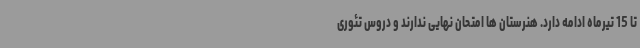
تا 15 تیرماه ادامه دارد. هنرستان ها امتحان نهایی ندارند و دروس تئوری